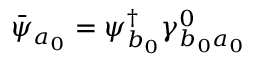
\bar { \psi } _ { a _ { 0 } } = \psi _ { b _ { 0 } } ^ { \dagger } \gamma _ { b _ { 0 } a _ { 0 } } ^ { 0 }